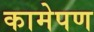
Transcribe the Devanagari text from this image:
कामेपण